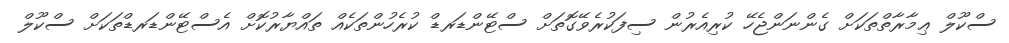
ސްކޫލް ޢިމާރާތްތަކަށް ގެންނަންޖެހޭ ކުރިއެރުން ސިފަކުރެވޭގޮތަށް ސްޓޭންޑަރޑް ކުރެހުންތަކެއް ތައްޔާރުކޮށް އެސްޓޭންޑަރޑްތަކަށް ސްކޫލް